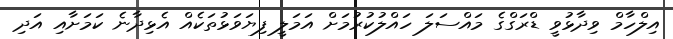
އިލްހާމް ވިދާޅުވީ ޑްރަގްގެ މައްސަލަ ހައްލުކުރުމަށް އަމަލީ ފިޔަވަޅުތަކެއް އެޅިދާނެ ކަމަށާއި އަދި